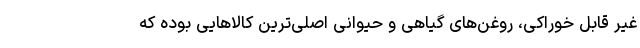
غیر قابل خوراکی، روغن‌های گیاهی و حیوانی اصلی‌ترین کالاهایی بوده که